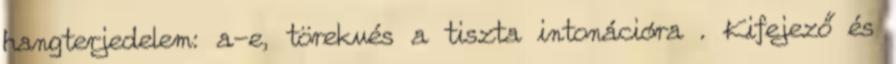
hangterjedelem: a-e, törekvés a tiszta intonációra . Kifejező és